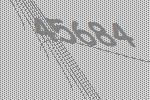
45684